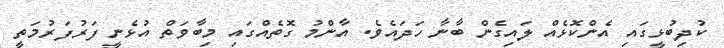
ކުދިބުޅީގައި އެންކޮޅެއް ލައިގެން ބާނާ ހަދައެވެ. އާންމު ގޮތެއްގައި މިބާވަތް އުޅެނީ ފަރުފަރުމަތީ